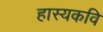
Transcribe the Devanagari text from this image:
हास्यकवि